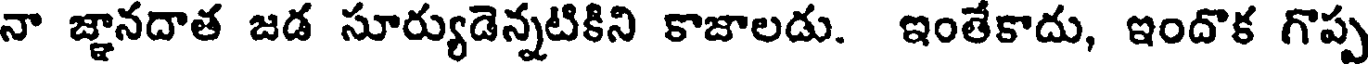
నా జ్ఞానదాత జడ సూర్యుడెన్నటికిని కాజాలడు. ఇంతేకాదు, ఇందొక గొప్ప